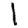
Digit: 1